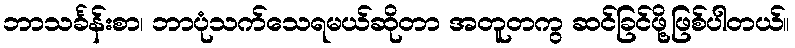
ဘာသင်္ခန်းစာ၊ ဘာပုံသက်သေရမယ်ဆိုတာ အတူတကွ ဆင်ခြင်ဖို့ဖြစ်ပါတယ်။